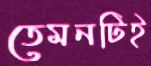
তেমনটিই